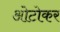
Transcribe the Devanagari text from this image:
ओटोकर